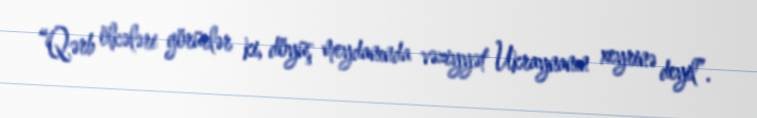
“Qərb ölkələri görürlər ki, döyüş meydanında vəziyyət Ukraynanın xeyrinə deyil”.